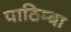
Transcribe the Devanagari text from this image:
पाठिम्बा